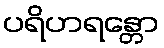
ပရိဟရန္တော